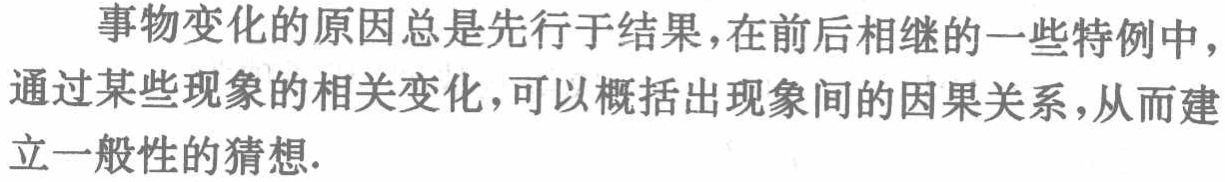
事物变化的原因总是先行于结果,在前后相继的一些特例中,通过某些现象的相关变化,可以概括出现象间的因果关系,从而建立一般性的猜想.